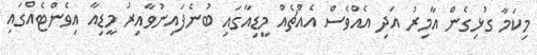
މިކަމާ ގުޅިގެން އާމިރު އަދި އެއްވެސް އެއްޗެއް މީޑިއާގައި ބުނެފައިނުވާއިރު މީޑިއާ އިވެންޓެއްގައި